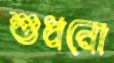
শুধনো